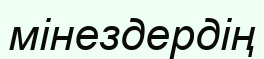
мінездердің